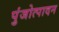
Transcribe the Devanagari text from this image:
पुंजोत्पादन